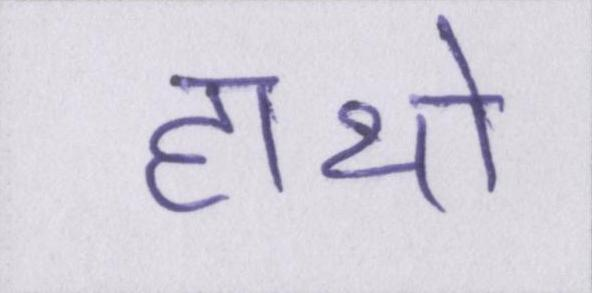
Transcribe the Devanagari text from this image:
हाथो